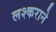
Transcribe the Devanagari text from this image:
लश्कराने